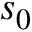
s _ { 0 }